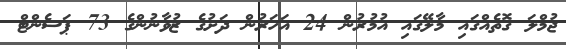
ޖުމްލަ ގޮތެއްގައި މާލޭގައި އުމުރުން 24 އަހަރުން ދަށުގެ ޒުވާނުންގެ 73 ޕަސެންޓް